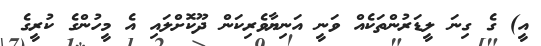
އީ) ގެ ގިނަ ލީޑަރުންތަކެއް ވަނީ އަނިޔާވެރިކަން ދޫކޮށްލައި އެ މީހުންގެ ކުރީގެ